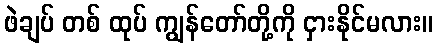
ဖဲချပ် တစ် ထုပ် ကျွန်တော်တို့ကို ငှားနိုင်မလား။